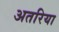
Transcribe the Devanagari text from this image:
अतरिया